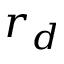
r _ { d }